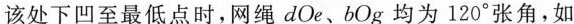
该处下凹至最低点时，网绳dOe、bOg均为120°张角，如